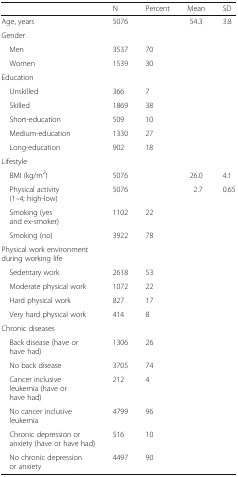
<table><thead><tr><td></td><td><b>N</b></td><td><b>Percent</b></td><td><b>Mean</b></td><td><b>SD</b></td></tr></thead><tbody><tr><td>Age, years</td><td>5076</td><td></td><td>54.3</td><td>3.8</td></tr><tr><td colspan="5">Gender</td></tr><tr><td> Men</td><td>3537</td><td>70</td><td></td><td></td></tr><tr><td> Women</td><td>1539</td><td>30</td><td></td><td></td></tr><tr><td colspan="5">Education</td></tr><tr><td> Unskilled</td><td>366</td><td>7</td><td></td><td></td></tr><tr><td> Skilled</td><td>1869</td><td>38</td><td></td><td></td></tr><tr><td> Short-education</td><td>509</td><td>10</td><td></td><td></td></tr><tr><td> Medium-education</td><td>1330</td><td>27</td><td></td><td></td></tr><tr><td> Long-education</td><td>902</td><td>18</td><td></td><td></td></tr><tr><td colspan="5">Lifestyle</td></tr><tr><td> BMI (kg/m<sup>2</sup>)</td><td>5076</td><td></td><td>26.0</td><td>4.1</td></tr><tr><td> Physical activity (1–4; high-low)</td><td>5076</td><td></td><td>2.7</td><td>0.65</td></tr><tr><td> Smoking (yes and ex-smoker)</td><td>1102</td><td>22</td><td></td><td></td></tr><tr><td> Smoking (no)</td><td>3922</td><td>78</td><td></td><td></td></tr><tr><td colspan="5">Physical work environment during working life</td></tr><tr><td> Sedentary work</td><td>2618</td><td>53</td><td></td><td></td></tr><tr><td> Moderate physical work</td><td>1072</td><td>22</td><td></td><td></td></tr><tr><td> Hard physical work</td><td>827</td><td>17</td><td></td><td></td></tr><tr><td> Very hard physical work</td><td>414</td><td>8</td><td></td><td></td></tr><tr><td colspan="5">Chronic diseases</td></tr><tr><td> Back disease (have or have had)</td><td>1306</td><td>26</td><td></td><td></td></tr><tr><td> No back disease</td><td>3705</td><td>74</td><td></td><td></td></tr><tr><td> Cancer inclusive leukemia (have or have had)</td><td>212</td><td>4</td><td></td><td></td></tr><tr><td> No cancer inclusive leukemia</td><td>4799</td><td>96</td><td></td><td></td></tr><tr><td> Chronic depression or anxiety (have or have had)</td><td>516</td><td>10</td><td></td><td></td></tr><tr><td> No chronic depression or anxiety</td><td>4497</td><td>90</td><td></td><td></td></tr></tbody></table>